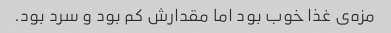
مزه‌ی غذا خوب بود اما مقدارش کم بود و سرد بود.